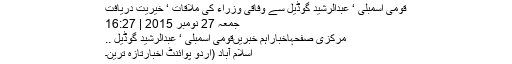
قومی اسمبلی ‘ عبدالرشید گوڈیل سے وفاقی وزراء کی ملاقات ‘ خیریت دریافت
جمعہ 27 نومبر 2015 | 16:27
مرکزی صفحہاخباراہم خبریںقومی اسمبلی ‘ عبدالرشید گوڈیل ..
اسلام آباد (اُردو پوائنٹ اخبارتازہ ترین۔